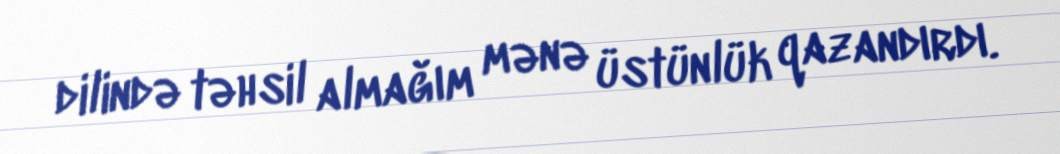
dilində təhsil almağım mənə üstünlük qazandırdı.